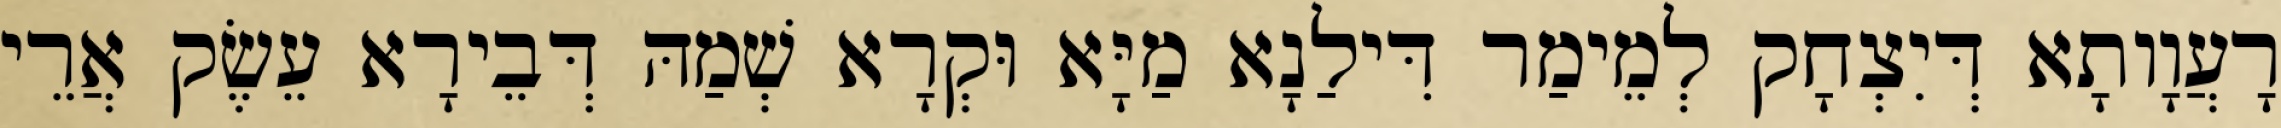
רָעֲוָותָא דְּיִצְחָק לְמֵימַר דִּילַנָא מַיָּא וּקְרָא שְׁמַהּ דְּבֵירָא עֵשֶׂק אֲרֵי